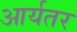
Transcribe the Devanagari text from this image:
आर्यतर